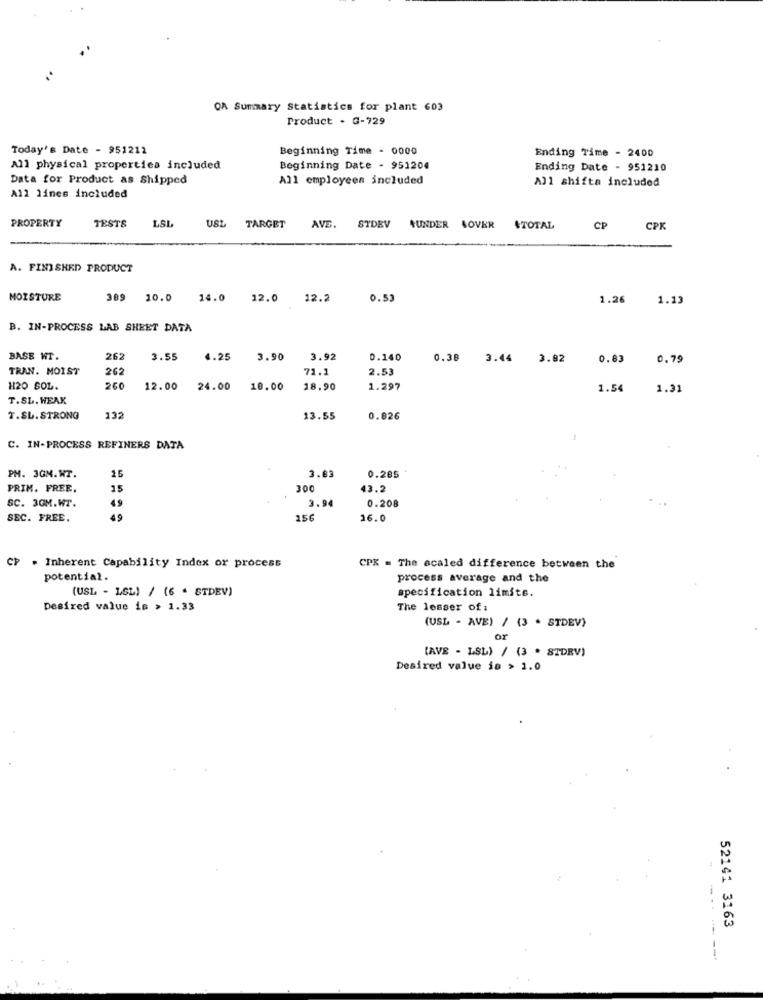
OA Summary Statistics for plant 603
Product . G-729
Today's Date - 951212
Beginning Time - 0000
Ending Time - 2400
All physical properties included
Beginning Date - 951204
Ending Date - 951210
Data for Product as Shipped
All employees included
All shifta included
All lines included
PROPERTY
1.SL
TESTS
USL TARGET
AVE. STDEV AUNDER SOVER
.TOTAL
CP
CPK
A. FINISHED PRODUCT
MOISTURE
309
10.0
14.0 12.0
12.2
0.53
1.26
1.13
B. IN-PROCESS LAB SHEET DATA
BASE WT.
262
3.55
4.25
5 3.90
3.92
0.140
0.38 3.44 3.82
0.83
0.79
TRAN. MOIST
262
71.
2.53
H120 SOL.
260
12.00
24.00 18.00
18.90
1.297
1.54
1.31
T.SL. WEAK
T.SL. STRONG
132
13.55
0.826
C. IN-PROCESS REFINERS DATA
3.83
PM. 3GM.WT.
25
0.285
PRIM. FREE.
300
3.2
SC. 30M.WT.
49
3.94
0.208
SEC. FREE.
49
156
16.0
CP . Inherent Capability Index or process
CPX = The scaled difference between the
potential.
process average and the
(USL - LSL) / (6 . STDEV)
specification limite.
Desired value is > 1.33
The lesser of :
(USL - AVE) / (3 . STDEV)
or
(AVE - LSL) / (3 . STDEV)
Desired value is > 1.0
52141 3163
-------